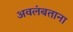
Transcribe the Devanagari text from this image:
अवलंबताना